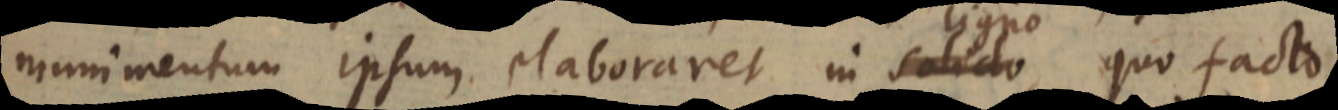
munimentum ipsum elaboraret in solido ligno, quo facto